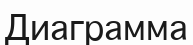
Диаграмма